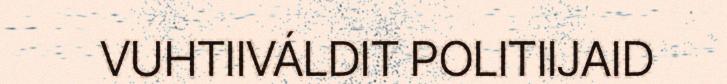
VUHTIIVÁLDIT POLITIIJAID